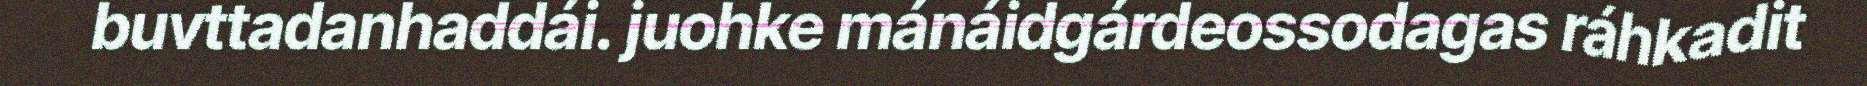
buvttadanhaddái. juohke mánáidgárdeossodagas ráhkadit